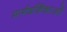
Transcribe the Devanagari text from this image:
मार्गदर्शिकाओं